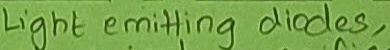
Text: Light emitting diodes,